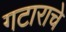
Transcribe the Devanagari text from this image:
गटाराचे